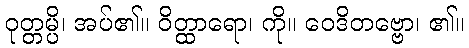
ဝုတ္တမ္ပိ၊ အပ်၏။ ဝိတ္ထာရော၊ ကို။ ဝေဒိတဗ္ဗော၊ ၏။